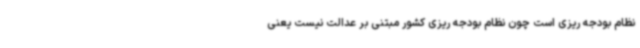
نظام بودجه ریزی است چون نظام بودجه ریزی کشور مبتنی بر عدالت نیست یعنی